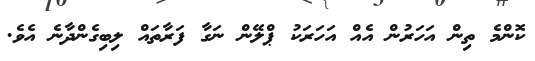
ކޮންމެ ތިން އަހަރުން އެއް އަހަރަކު ޕްލޭން ނަގާ ފަރާތައް ލިބިގެންދާނެ އެވެ.